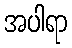
အပါရာ